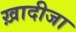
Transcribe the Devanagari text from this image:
ख़ादीजा